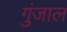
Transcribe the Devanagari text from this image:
गुंजाल